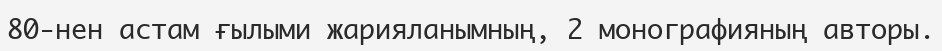
80-нен астам ғылыми жарияланымның, 2 монографияның авторы.